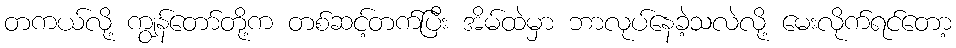
တကယ်လို့ ကျွန်တော်တို့က တစ်ဆင့်တက်ပြီး အိမ်ထဲမှာ ဘာလုပ်နေခဲ့သလဲလို့ မေးလိုက်ရင်တော့